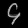
Digit: ၄